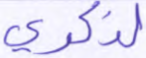
لذكري